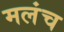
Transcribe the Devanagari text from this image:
मलंच